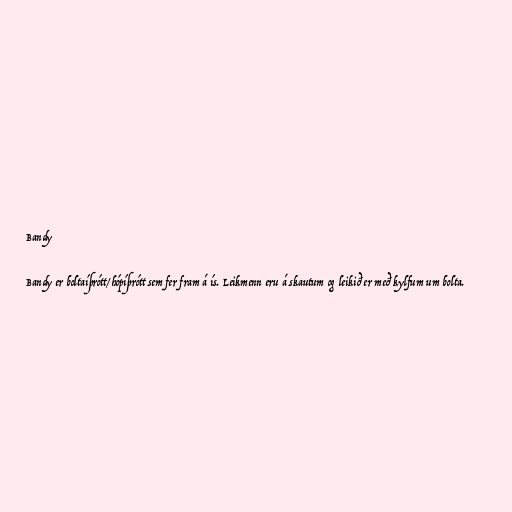
Bandy

Bandy er boltaíþrótt/hópíþrótt sem fer fram á ís. Leikmenn eru á skautum og leikið er með kylfum um bolta.